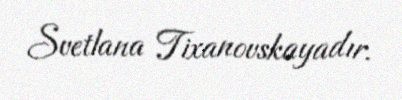
Svetlana Tixanovskayadır.